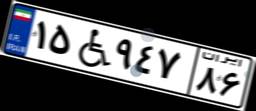
۱۵W۹۴۷۸۶